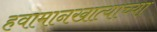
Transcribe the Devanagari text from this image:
हवामानखात्याच्या